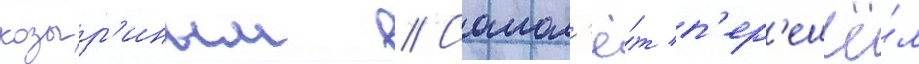
козыр'иным // Самол'ё́т п'ер'ешё́л